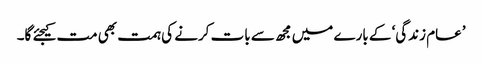
’عام زندگی‘ کے بارے میں مجھ سے بات کرنے کی ہمت بھی مت کیجئے گا۔